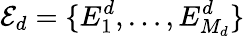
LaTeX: \mathcal{E}_{d}=\{ E_{1}^{d},\dots,E_{M_{d}}^{d}\}